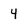
Character: 4